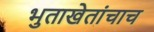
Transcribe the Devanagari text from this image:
भुताखेतांचाच